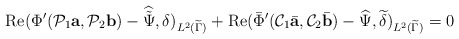
\begin{align*}\mbox{Re} (\Phi'(\mathcal P_1 {\mbox{\bf a}},\mathcal P_2 {\mbox{\bf b}})-\widehat{\tilde \Psi},\delta)_{L^2(\widetilde\Gamma)}+\mbox{Re}(\bar\Phi'(\mathcal C_1\bar{\mbox{\bf a}},\mathcal C_2\bar{\mbox{\bf b}})-\widehat { \Psi},\widetilde \delta)_{L^2(\widetilde\Gamma)}=0\end{align*}